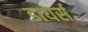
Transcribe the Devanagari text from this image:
डायर्स